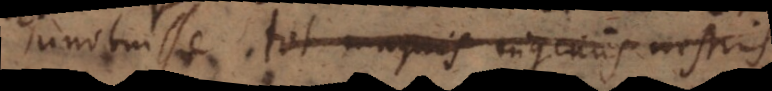
innotuisse tot magnis ingeniis nostris